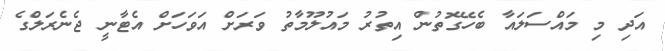
އަދި މި މައްސަލައާ ބެހޭގޮތުން އިތުރު މައުލޫމާތު ވަރަށް އަވަހަށް އެޓާނީ ޖެނެރަލްގެ